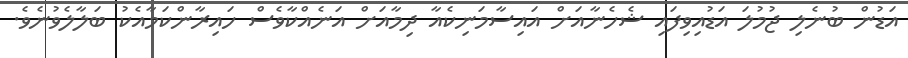
އަޑުން ބުނެލި ޖުމުލަ އަޑުއިވިފައި ޝެހެނާއަށް އައިސާމަނިކެއާ ދިމާއަށް އަނެއްކާވެސް ހައިރާންކަމާއެކު ބަލާލެވުނެވެ.